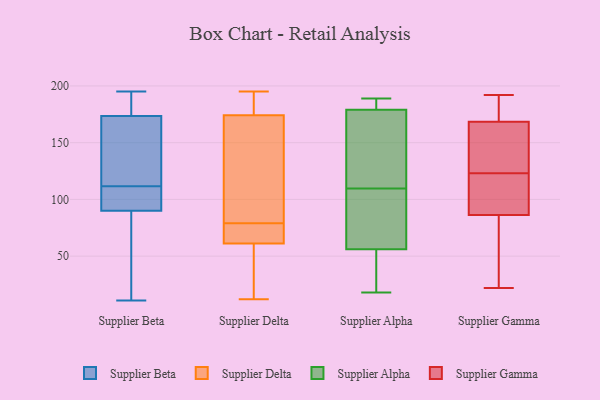
{"axis": {"x": "Website Visitors", "y": "Value"}, "legend": ["Supplier Alpha", "Supplier Beta", "Supplier Delta", "Supplier Gamma"], "data": [{"x": "", "y": 89, "type": "Supplier Beta"}, {"x": "", "y": 91, "type": "Supplier Beta"}, {"x": "", "y": 195, "type": "Supplier Beta"}, {"x": "", "y": 75, "type": "Supplier Beta"}, {"x": "", "y": 11, "type": "Supplier Beta"}, {"x": "", "y": 48, "type": "Supplier Beta"}, {"x": "", "y": 176, "type": "Supplier Beta"}, {"x": "", "y": 91, "type": "Supplier Beta"}, {"x": "", "y": 118, "type": "Supplier Beta"}, {"x": "", "y": 189, "type": "Supplier Beta"}, {"x": "", "y": 161, "type": "Supplier Beta"}, {"x": "", "y": 192, "type": "Supplier Beta"}, {"x": "", "y": 125, "type": "Supplier Beta"}, {"x": "", "y": 105, "type": "Supplier Beta"}, {"x": "", "y": 171, "type": "Supplier Beta"}, {"x": "", "y": 98, "type": "Supplier Beta"}, {"x": "", "y": 59, "type": "Supplier Delta"}, {"x": "", "y": 71, "type": "Supplier Delta"}, {"x": "", "y": 135, "type": "Supplier Delta"}, {"x": "", "y": 69, "type": "Supplier Delta"}, {"x": "", "y": 62, "type": "Supplier Delta"}, {"x": "", "y": 12, "type": "Supplier Delta"}, {"x": "", "y": 188, "type": "Supplier Delta"}, {"x": "", "y": 129, "type": "Supplier Delta"}, {"x": "", "y": 45, "type": "Supplier Delta"}, {"x": "", "y": 195, "type": "Supplier Delta"}, {"x": "", "y": 175, "type": "Supplier Delta"}, {"x": "", "y": 174, "type": "Supplier Delta"}, {"x": "", "y": 79, "type": "Supplier Delta"}, {"x": "", "y": 189, "type": "Supplier Alpha"}, {"x": "", "y": 179, "type": "Supplier Alpha"}, {"x": "", "y": 71, "type": "Supplier Alpha"}, {"x": "", "y": 147, "type": "Supplier Alpha"}, {"x": "", "y": 124, "type": "Supplier Alpha"}, {"x": "", "y": 181, "type": "Supplier Alpha"}, {"x": "", "y": 33, "type": "Supplier Alpha"}, {"x": "", "y": 18, "type": "Supplier Alpha"}, {"x": "", "y": 56, "type": "Supplier Alpha"}, {"x": "", "y": 95, "type": "Supplier Alpha"}, {"x": "", "y": 188, "type": "Supplier Gamma"}, {"x": "", "y": 108, "type": "Supplier Gamma"}, {"x": "", "y": 119, "type": "Supplier Gamma"}, {"x": "", "y": 182, "type": "Supplier Gamma"}, {"x": "", "y": 169, "type": "Supplier Gamma"}, {"x": "", "y": 167, "type": "Supplier Gamma"}, {"x": "", "y": 167, "type": "Supplier Gamma"}, {"x": "", "y": 56, "type": "Supplier Gamma"}, {"x": "", "y": 132, "type": "Supplier Gamma"}, {"x": "", "y": 123, "type": "Supplier Gamma"}, {"x": "", "y": 192, "type": "Supplier Gamma"}, {"x": "", "y": 25, "type": "Supplier Gamma"}, {"x": "", "y": 79, "type": "Supplier Gamma"}, {"x": "", "y": 117, "type": "Supplier Gamma"}, {"x": "", "y": 22, "type": "Supplier Gamma"}]}